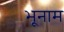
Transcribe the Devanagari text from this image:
भूनाम